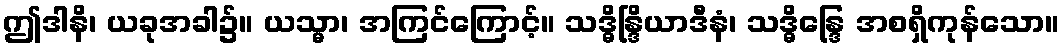
ဤဒါနိ၊ ယခုအခါ၌။ ယသ္မာ၊ အကြင်ကြောင့်။ သဒ္ဓိန္ဒြိယာဒီနံ၊ သဒ္ဓိန္ဒြေ အစရှိကုန်သော။